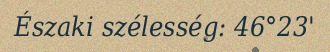
Északi szélesség: 46°23'